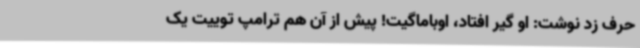
حرف زد نوشت: او گیر افتاد، اوباماگیت! پیش از آن هم ترامپ توییت یک